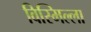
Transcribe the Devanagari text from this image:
विस्मिल्ला